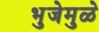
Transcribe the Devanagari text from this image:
भुजेमुळे